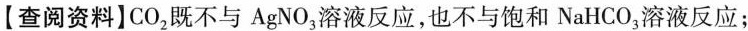
【查阅资料]CO_{2}既不与AgNO_{3}溶液反应，也不与饱和NaHCO_{3}溶液反应；